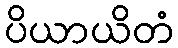
ပိယာယိတံ